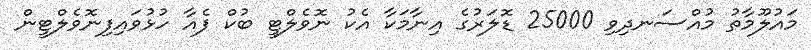
މައުލޫމާތު މުއްސަނދިވި 25000 ޑޮލަރުގެ އިނާމަކާ އެކު ނޮވެލްޓީ ބުކް ފެއާ ހުޅުވައިފިނޮވެލްޓީން